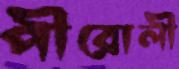
পীরোলী